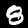
Digit: 8